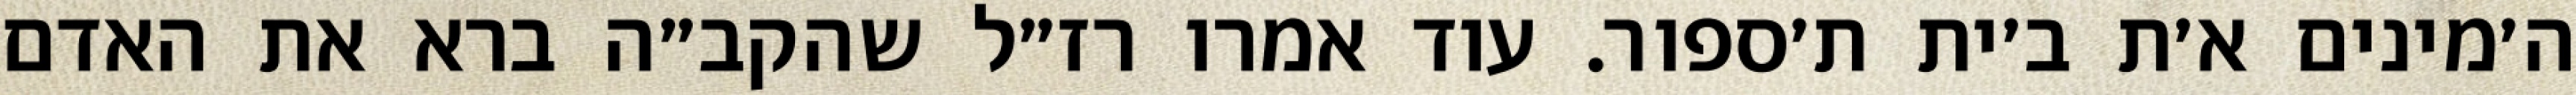
ה׳מינים א׳ת ב׳ית ת׳ספור. עוד אמרו רז״ל שהקב״ה ברא את האדם